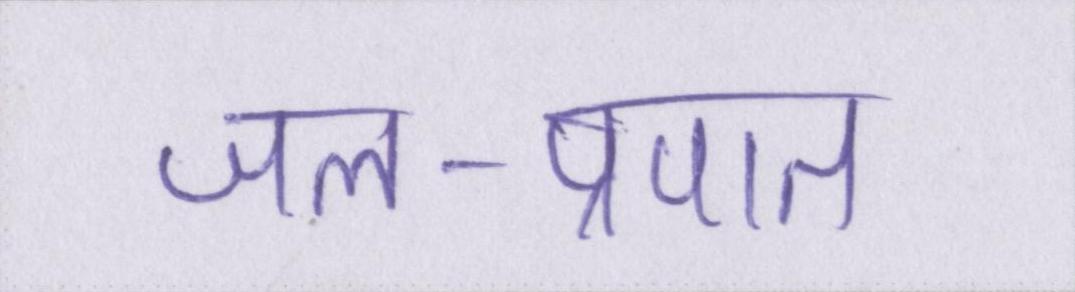
जल-प्रपात